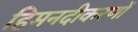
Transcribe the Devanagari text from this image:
हिमनदीकरणों